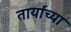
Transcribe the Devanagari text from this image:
तार्यांच्या